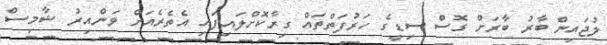
ލުޖައިން ބާރު ބާރަށް ގޮސް ސިޑީގެ ހަރުފަތްތައް ގިރާކޮށްލައިފައި އެތެރެއަށް ވަންއިރު ޝާމިސް